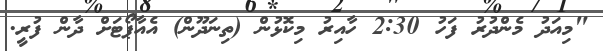
"މިއަދު މެންދުރު ފަހު 2:30 ހާއިރު މިކޮޅުން (ތިނަދޫން) އެއާޕޯޓަށް ދާން ފުރީ.